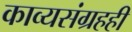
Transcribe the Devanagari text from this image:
काव्यसंग्रहही